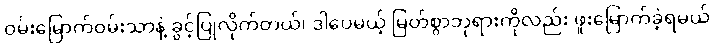
ဝမ်းမြောက်ဝမ်းသာနဲ့ ခွင့်ပြုလိုက်တယ်၊ ဒါပေမယ့် မြတ်စွာဘုရားကိုလည်း ဖူးမြောက်ခဲ့ရမယ်